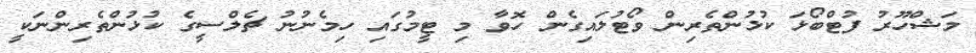
މަޝްހޫރު ފުޓްބޯޅަ ކުޅުންތެރިން ވޯޓުލައިގެން ހޮވާ މި ޓީމުގައި ހިމެނުނު ޗެލްސީގެ ކުޅުންތެރިންނަކީ